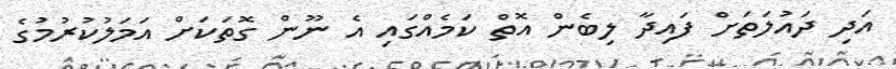
އަދި ދައުލަތަށް ފައިދާ ލިބެން އޮތް ކަމެއްގައި އެ ނޫން ގޮތަކަށް އަމަލުކުރުމުގެ